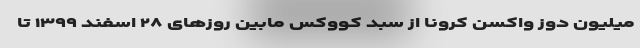
میلیون دوز واکسن کرونا از سبد کووکس مابین روزهای ۲۸ اسفند ۱۳۹۹ تا